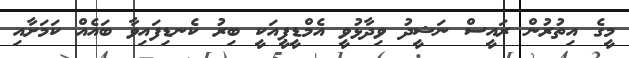
މީގެ އިތުރުން ރައީސް ނަޝީދު ވިދާޅުވީ އެމްޑީޕީއަކީ ބިރު ކެނޑިފައިވާ ބައެއް ކަމަށާއި